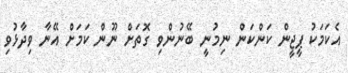
އެކަމަކު ޕީޖީން ކަންކަން ނިމުނީ ބޭނުންވި ގޮތަށް ނޫން ކަމަށް އޭނާ ވިދާޅުވި